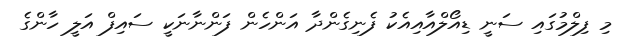
މި ފިލްމުގައި ސަނީ ޑިއޯލްއާއިއެކު ފެނިގެންދާ އަންހެން ފަންނާނަކީ ސައިފް އަލީ ހާންގެ